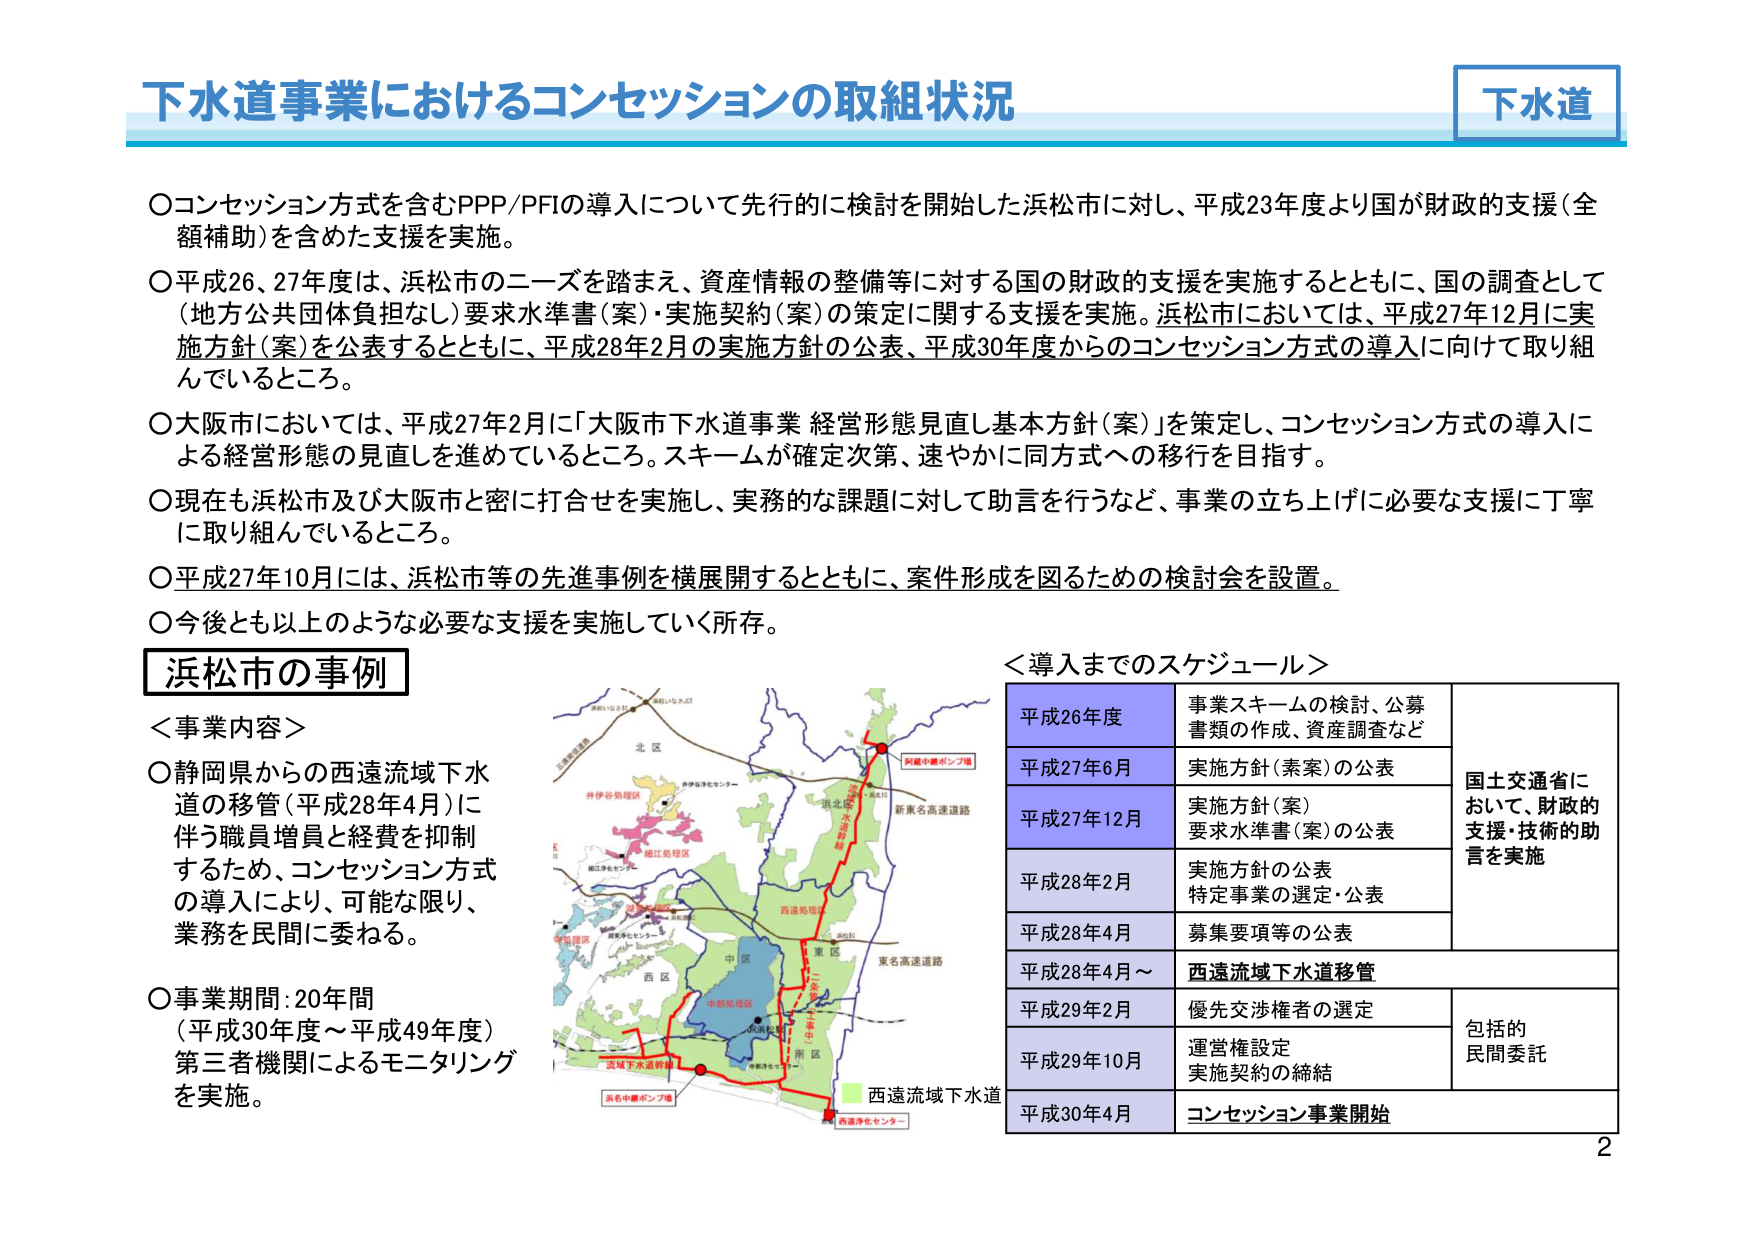
下水道事業におけるコンセッションの取組状況

下水道

○コンセッション方式を含むPPP/PFIの導入について先行的に検討を開始した浜松市に対し、平成23年度より国が財政的支援（全額補助）を含めた支援を実施。

○平成26、27年度は、浜松市のニーズを踏まえ、資産情報の整備等に対する国の財政的支援を実施するとともに、国の調査として（地方公共団体負担なし）要求水準書（案）・実施契約（案）の策定に関する支援を実施。浜松市においては、平成27年12月に実施方針（案）を公表するとともに、平成28年2月の実施方針の公表、平成30年度からのコンセッション方式の導入に向けて取り組んでいるところ。

○大阪市においては、平成27年2月に「大阪市下水道事業 経営形態見直し基本方針（案）」を策定し、コンセッション方式の導入による経営形態の見直しを進めているところ。スキームが確定次第、速やかに同方式への移行を目指す。

○現在も浜松市及び大阪市と密に打合せを実施し、実務的な課題に対して助言を行うなど、事業の立ち上げに必要な支援に丁寧に取り組んでいるところ。

○平成27年10月には、浜松市等の先進事例を横展開するとともに、案件形成を図るための検討会を設置。

○今後とも以上のような必要な支援を実施していく所存。

浜松市の事例

＜事業内容＞

○静岡県からの西遠流域下水道の移管（平成28年4月）に伴う職員増員と経費を抑制するため、コンセッション方式の導入により、可能な限り、業務を民間に委ねる。

○事業期間：20年間
（平成30年度～平成49年度）
第三者機関によるモニタリングを実施。

＜導入までのスケジュール＞

| 平成26年度 | 事業スキームの検討、公募書類の作成、資産調査など | 国土交通省において、財政的支援・技術的助言を実施 |
|------------|---------------------------------------------|--------------------------------------------------|
| 平成27年6月 | 実施方針（素案）の公表 | |
| 平成27年12月 | 実施方針（案）<br>要求水準書（案）の公表 | |
| 平成28年2月 | 実施方針の公表<br>特定事業の選定・公表 | |
| 平成28年4月 | 募集要項等の公表 | |
| 平成28年4月～ | 西遠流域下水道移管 | |
| 平成29年2月 | 優先交渉権者の選定 | 包括的民間委託 |
| 平成29年10月 | 運営権設定<br>実施契約の締結 | |
| 平成30年4月 | コンセッション事業開始 | |

（地図内テキスト）
北区
井伊谷処理区
井伊谷浄化センター
細江処理区
細江浄化センター
中島処理区
中島浄化センター
西区
中区
東区
浜松市
西遠流域下水道
西遠浄化センター
浜名中継ポンプ場
阿座中継ポンプ場
新東名高速道路
東名高速道路
浜松市
西遠流域下水道幹線
浜松市
西遠流域下水道

2